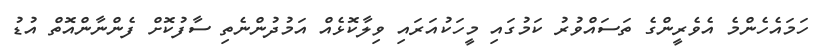
ހަމައެހެންމެ އެވެރީންގެ ތަސައްވުރު ކަމުގައި މީހަކުއަރައި ވިލާކޮޅެއް އަމުދުންނެތި ސާފުކޮށް ފެންނާންއޮތް އުޑު